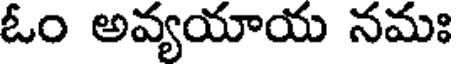
ఓం అవ్యయాయ నమః